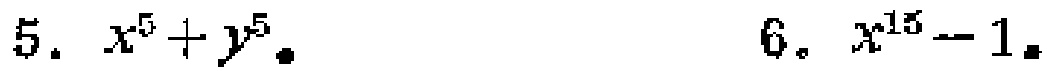
5. \(x^{5}+y^{5}\)
6. \(x^{15}-1\)